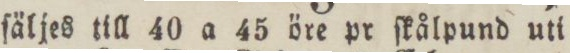
ſäljes till 40 a 45 öre pr ſkålpund uti